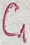
Text: C1